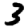
Digit: 3